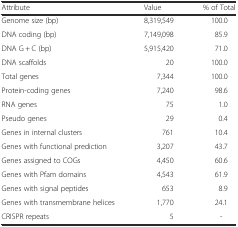
<table><thead><tr><td><b>Attribute</b></td><td><b>Value</b></td><td><b>% of Total</b></td></tr></thead><tbody><tr><td>Genome size (bp)</td><td>8,319,549</td><td>100.0</td></tr><tr><td>DNA coding (bp)</td><td>7,149,098</td><td>85.9</td></tr><tr><td>DNA G + C (bp)</td><td>5,915,420</td><td>71.0</td></tr><tr><td>DNA scaffolds</td><td>20</td><td>100.0</td></tr><tr><td>Total genes</td><td>7,344</td><td>100.0</td></tr><tr><td>Protein-coding genes</td><td>7,240</td><td>98.6</td></tr><tr><td>RNA genes</td><td>75</td><td>1.0</td></tr><tr><td>Pseudo genes</td><td>29</td><td>0.4</td></tr><tr><td>Genes in internal clusters</td><td>761</td><td>10.4</td></tr><tr><td>Genes with functional prediction</td><td>3,207</td><td>43.7</td></tr><tr><td>Genes assigned to COGs</td><td>4,450</td><td>60.6</td></tr><tr><td>Genes with Pfam domains</td><td>4,543</td><td>61.9</td></tr><tr><td>Genes with signal peptides</td><td>653</td><td>8.9</td></tr><tr><td>Genes with transmembrane helices</td><td>1,770</td><td>24.1</td></tr><tr><td>CRISPR repeats</td><td>5</td><td>-</td></tr></tbody></table>